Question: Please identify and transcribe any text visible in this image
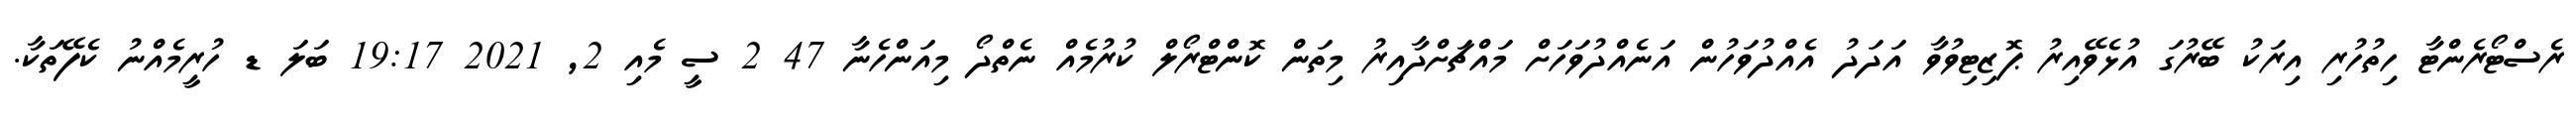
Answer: ރެސްޓޯރެންޓާ ހިތުހުރި އިރަކު ބޭރުގަ އުޅެވޭއިރު ޕޮޒިޓިވުވާ އަދަދު އެއްދުވަހުން އަނެއްދުވަހަށް މައްޗަށްދާއިރު މިތަން ކޮންޓްރޯލް ކުރުމެއް ނެތްދޯ މިއަންހެނާ 47 2 ސީ މެއި 2, 2021 19:17 ބަލަ ޑ ހުރީމެއްނު ކެފޭތަކާ.